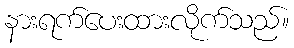
နားရက်ပေးထားလိုက်သည်။